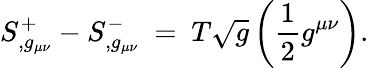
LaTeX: S_{,g_{\mu\nu}}^{+}-S_{,g_{\mu\nu}}^{-}~=~T\sqrt{g}\left(\frac{1}{2}g^{\mu\nu}\right).